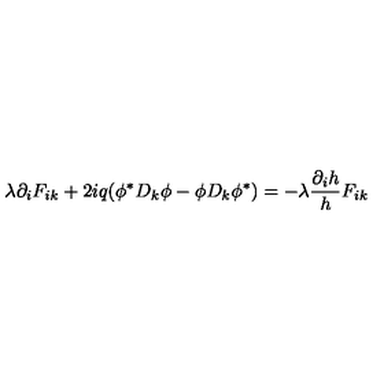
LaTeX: \lambda \partial _ { i } F _ { i k } + 2 i q ( \phi ^ { \ast } D _ { k } \phi - \phi D _ { k } \phi ^ { \ast } ) = - \lambda \frac { \partial _ { i } h } { h } F _ { i k }